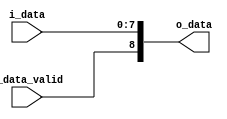
module data_valid_append#(
    parameter W_DATA = 8
)(
    input [W_DATA-1:0] i_data,
    input i_data_valid,
    output [8:0] o_data
);

assign o_data = {i_data_valid, i_data};

endmodule